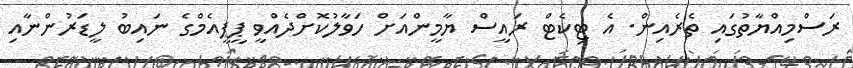
ރަސްމިއްޔާތުގައި ތެރެއިން. އެ ޓިކެޓް ރައީސް ޔާމީންއަށް ހަވާލުކޮށްދެއްވީ ޕީޕީއެމްގެ ނައިބު ލީޑަރުންނާއި